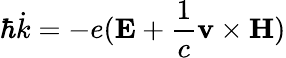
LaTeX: \hbar{\dot{k}}=-e(\mathbf{E}+{\frac{1}{c}}\mathbf{v}\times\mathbf{H})